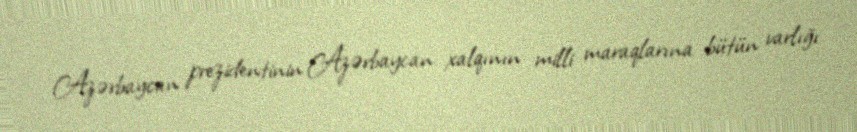
Azərbaycan prezidentinin Azərbaycan xalqının milli maraqlarına bütün varlığı